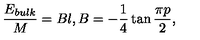
\frac { E _ { b u l k } } { M } = B l , B = - \frac { 1 } { 4 } \tan \frac { \pi p } { 2 } ,